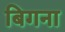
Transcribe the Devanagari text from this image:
बिगना